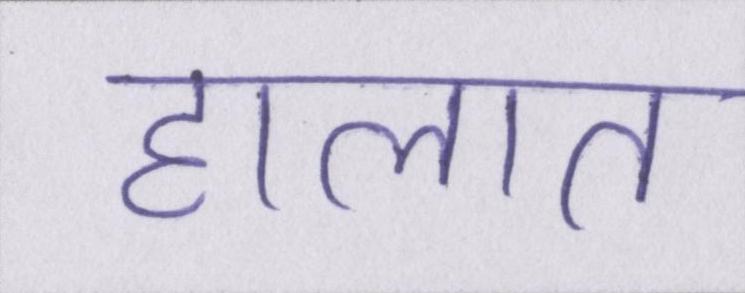
हालात